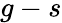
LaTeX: g-s